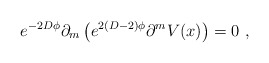
\begin{align*} e^{-2D\phi}\partial_m \left(e^{2(D-2)\phi} \partial^m V(x)\right)=0~,\end{align*}